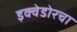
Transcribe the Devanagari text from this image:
इक्वेडोरचा